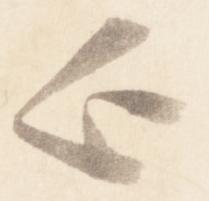
欤